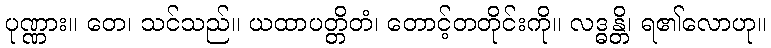
ပုဏ္ဏား။ တေ၊ သင်သည်။ ယထာပတ္တိတံ၊ တောင့်တတိုင်းကို။ လဒ္ဓန္တိ၊ ရ၏လောဟု။